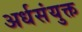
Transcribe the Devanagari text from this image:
अर्धसंयुक्त